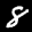
Label: 8